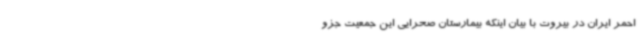
احمر ایران در بیروت با بیان اینکه بیمارستان صحرایی این جمعیت جزو